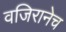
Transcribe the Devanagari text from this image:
वजिरानेच